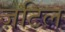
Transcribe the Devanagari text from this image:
ज़टिल